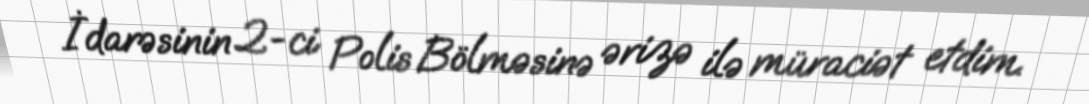
İdarəsinin 2-ci Polis Bölməsinə ərizə ilə müraciət etdim.